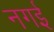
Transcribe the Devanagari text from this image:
नगई